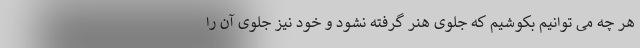
هر چه می توانیم بکوشیم که جلوی هنر گرفته نشود و خود نیز جلوی آن را